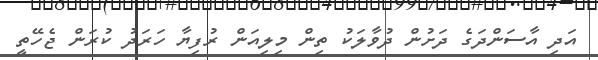
އަދި އާސަންދަގެ ދަށުން ދުވާލަކު ތިން މިލިއަން ރުފިޔާ ހަރަދު ކުރަން ޖެހޭތީ